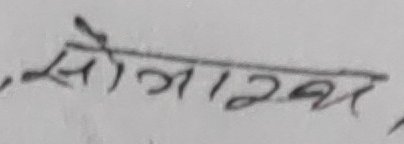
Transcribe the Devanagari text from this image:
सोजावर